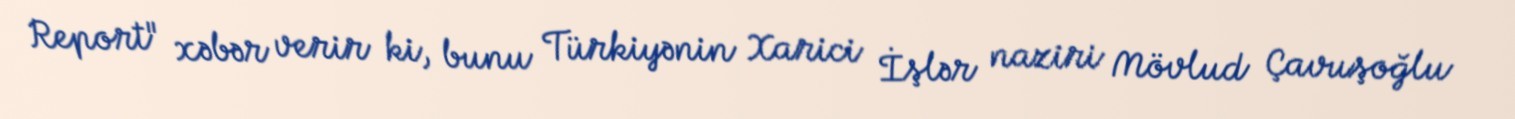
Report" xəbər verir ki, bunu Türkiyənin Xarici İşlər naziri Mövlud Çavuşoğlu